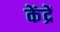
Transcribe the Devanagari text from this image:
केंद्रें